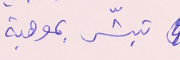
تبشّر بموهبة